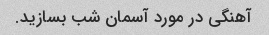
آهنگی در مورد آسمان شب بسازید.